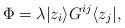
LaTeX: \begin{align*}\Phi=\lambda|z_i\rangle G^{ij}\langle z_j|,\end{align*}